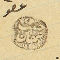
عضو حبيب نبهان ١٨٨٠